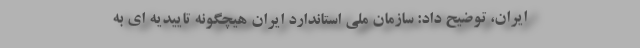
ایران، توضیح داد: سازمان ملی استاندارد ایران هیچگونه تاییدیه ای به